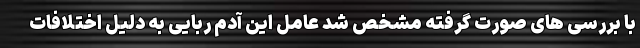
با بررسی های صورت گرفته مشخص شد عامل این آدم ربایی به دلیل اختلافات